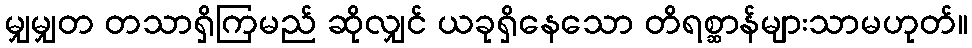
မျှမျှတ တသာရှိကြမည် ဆိုလျှင် ယခုရှိနေသော တိရစ္ဆာန်များသာမဟုတ်။